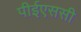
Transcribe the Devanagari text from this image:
पीईएससी